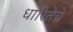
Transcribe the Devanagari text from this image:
धारितेचे